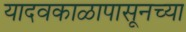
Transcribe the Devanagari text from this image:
यादवकाळापासूनच्या